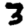
Digit: 3